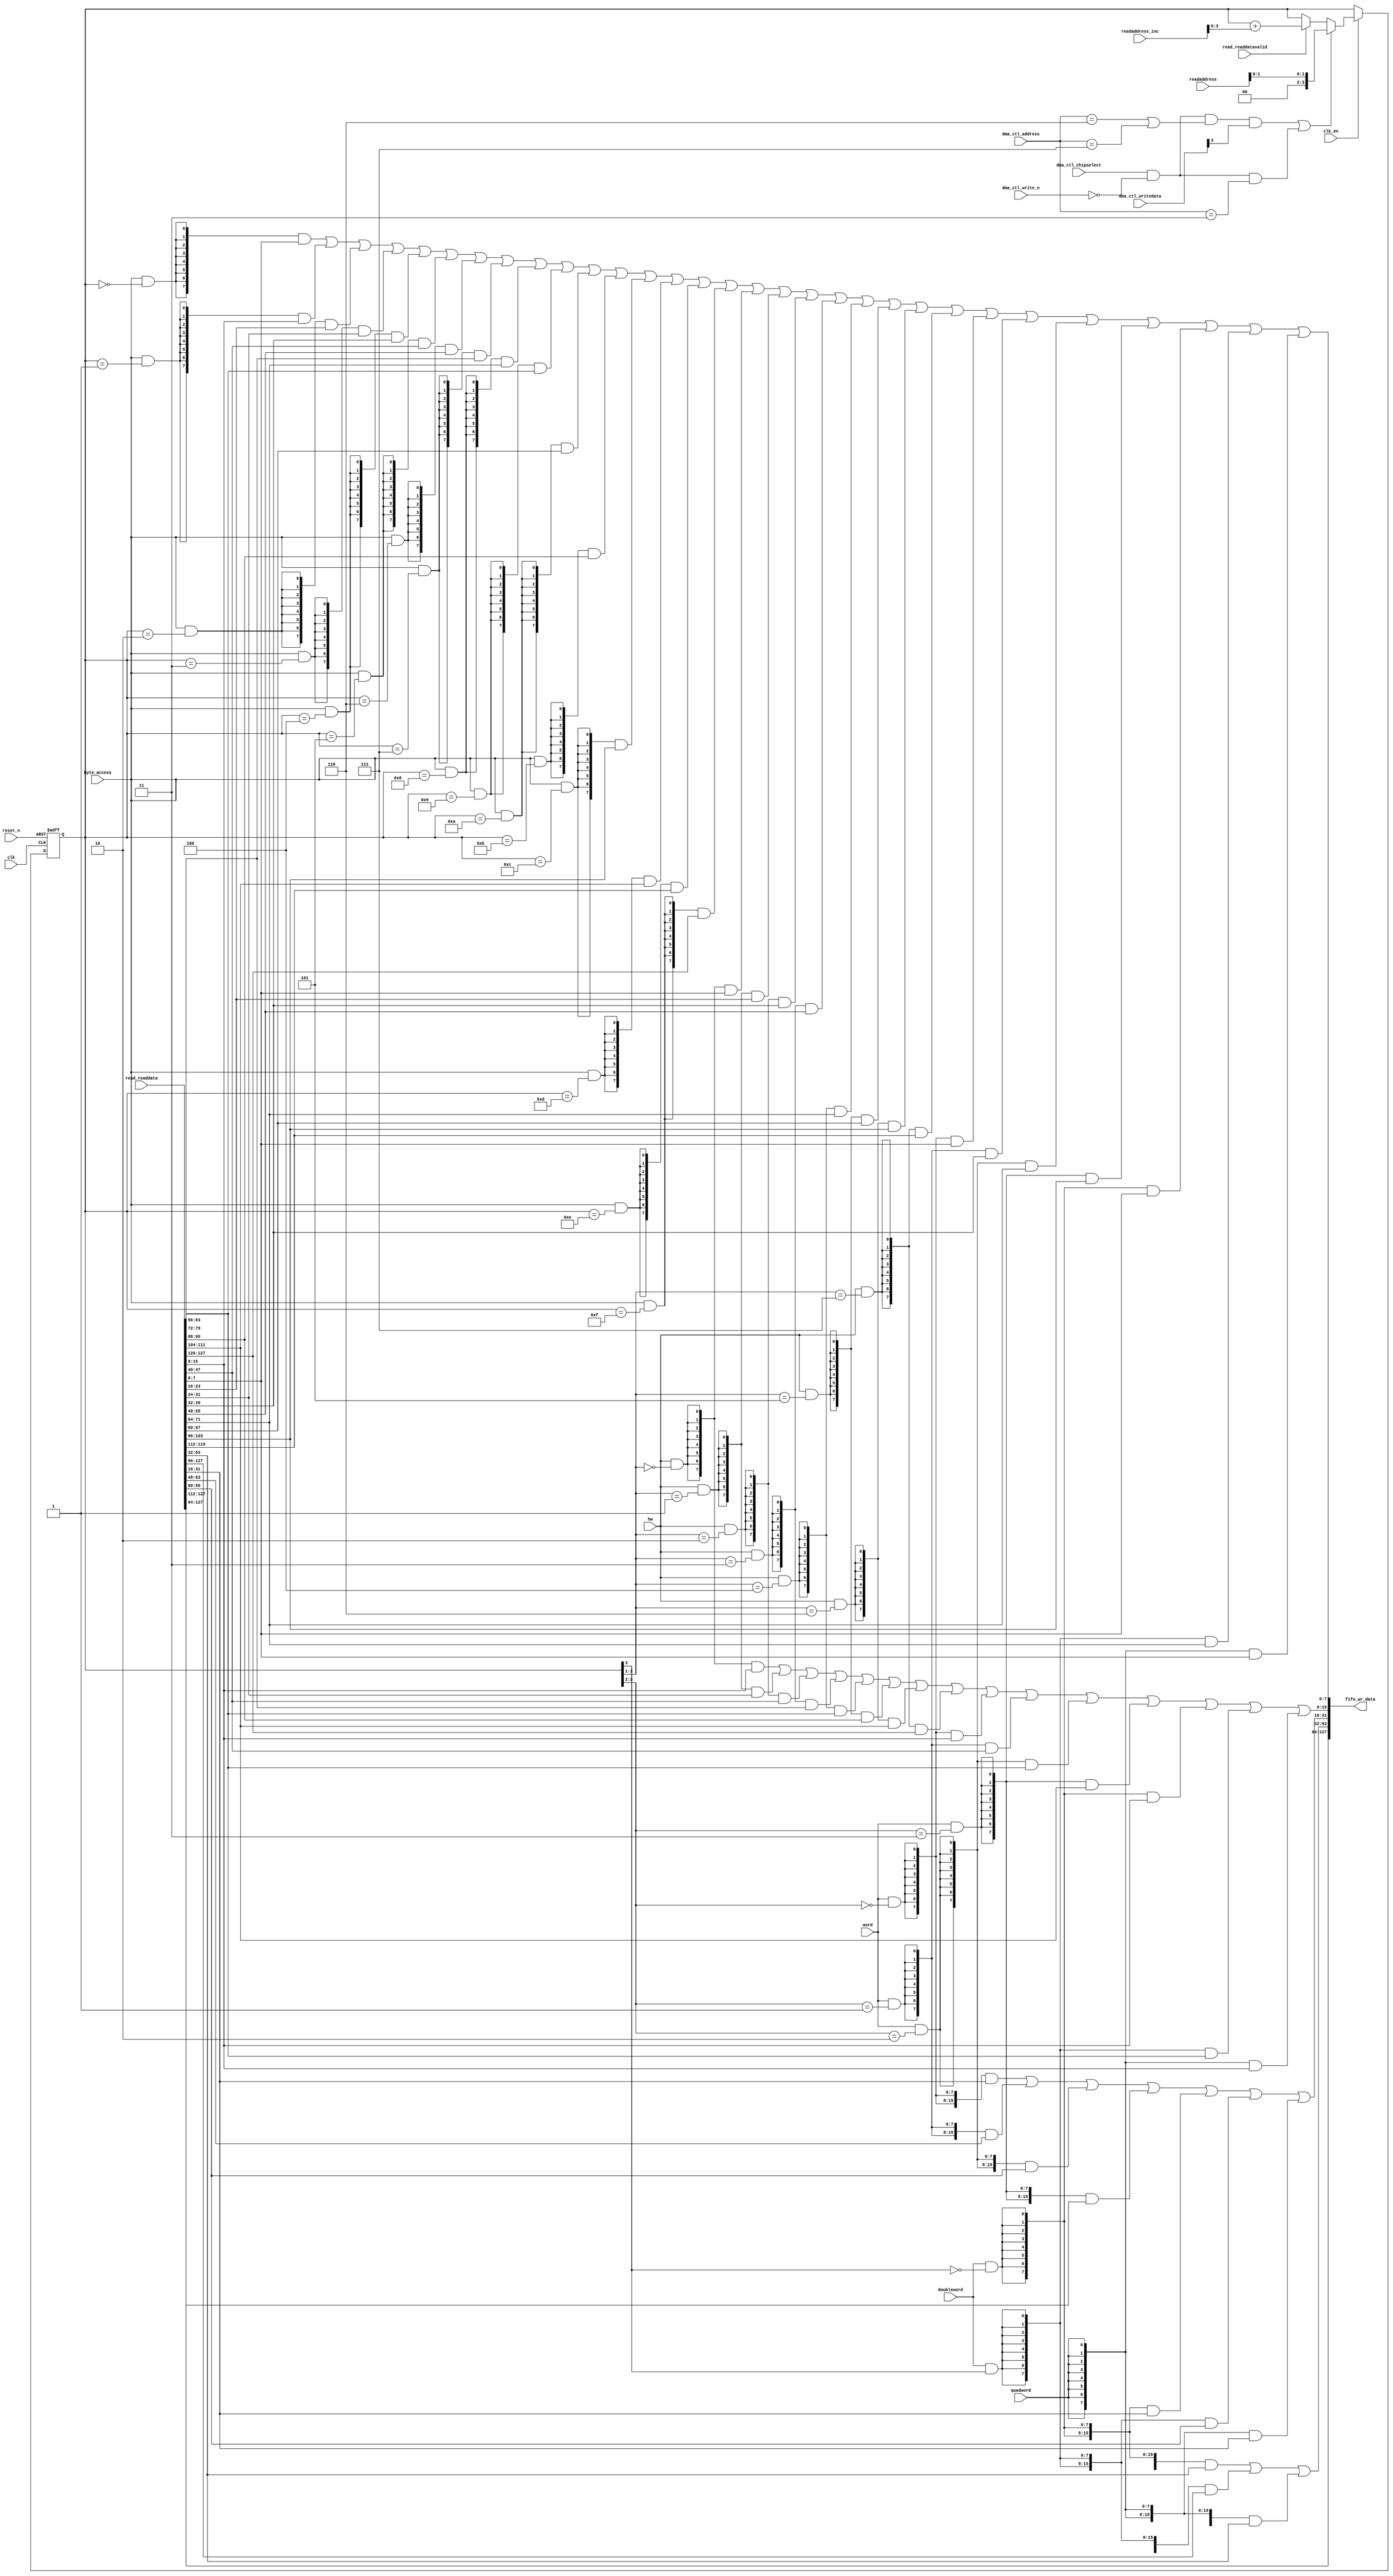
//Legal Notice: (C)2016 Altera Corporation. All rights reserved.  Your
//use of Altera Corporation's design tools, logic functions and other
//software and tools, and its AMPP partner logic functions, and any
//output files any of the foregoing (including device programming or
//simulation files), and any associated documentation or information are
//expressly subject to the terms and conditions of the Altera Program
//License Subscription Agreement or other applicable license agreement,
//including, without limitation, that your use is for the sole purpose
//of programming logic devices manufactured by Altera and sold by Altera
//or its authorized distributors.  Please refer to the applicable
//agreement for further details.

// synthesis translate_off
`timescale 1ns / 1ps
// synthesis translate_on

// turn off superfluous verilog processor warnings 
// altera message_level Level1 
// altera message_off 10034 10035 10036 10037 10230 10240 10030 

module dma_mem_dma_0_read_data_mux (
                                     // inputs:
                                      byte_access,
                                      clk,
                                      clk_en,
                                      dma_ctl_address,
                                      dma_ctl_chipselect,
                                      dma_ctl_write_n,
                                      dma_ctl_writedata,
                                      doubleword,
                                      hw,
                                      quadword,
                                      read_readdata,
                                      read_readdatavalid,
                                      readaddress,
                                      readaddress_inc,
                                      reset_n,
                                      word,

                                     // outputs:
                                      fifo_wr_data
                                   )
;

  output  [127: 0] fifo_wr_data;
  input            byte_access;
  input            clk;
  input            clk_en;
  input   [  2: 0] dma_ctl_address;
  input            dma_ctl_chipselect;
  input            dma_ctl_write_n;
  input   [ 30: 0] dma_ctl_writedata;
  input            doubleword;
  input            hw;
  input            quadword;
  input   [127: 0] read_readdata;
  input            read_readdatavalid;
  input   [  9: 0] readaddress;
  input   [  4: 0] readaddress_inc;
  input            reset_n;
  input            word;

  wire             control_write;
  wire    [127: 0] fifo_wr_data;
  wire             length_write;
  wire    [  3: 0] read_data_mux_input;
  reg     [  3: 0] readdata_mux_select;
  assign control_write = dma_ctl_chipselect & ~dma_ctl_write_n & ((dma_ctl_address == 6) || (dma_ctl_address == 7));
  assign length_write = dma_ctl_chipselect & ~dma_ctl_write_n & (dma_ctl_address == 3);
  assign read_data_mux_input = ((control_write && dma_ctl_writedata[3] || length_write))? readaddress[1 : 0] :
    (read_readdatavalid)? (readdata_mux_select + readaddress_inc) :
    readdata_mux_select;

  // Reset value: the transaction size bits of the read address reset value.
  always @(posedge clk or negedge reset_n)
    begin
      if (reset_n == 0)
          readdata_mux_select <= 0;
      else if (clk_en)
          readdata_mux_select <= read_data_mux_input[3 : 0];
    end


  assign fifo_wr_data[127 : 64] = read_readdata[127 : 64];
  assign fifo_wr_data[63 : 32] = ({32 {(doubleword & (readdata_mux_select[3] == 0))}} & read_readdata[63 : 32]) |
    ({32 {(doubleword & (readdata_mux_select[3] == 1))}} & read_readdata[127 : 96]) |
    ({32 {quadword}} & read_readdata[63 : 32]);

  assign fifo_wr_data[31 : 16] = ({16 {(word & (readdata_mux_select[3 : 2] == 0))}} & read_readdata[31 : 16]) |
    ({16 {(word & (readdata_mux_select[3 : 2] == 1))}} & read_readdata[63 : 48]) |
    ({16 {(word & (readdata_mux_select[3 : 2] == 2))}} & read_readdata[95 : 80]) |
    ({16 {(word & (readdata_mux_select[3 : 2] == 3))}} & read_readdata[127 : 112]) |
    ({16 {(doubleword & (readdata_mux_select[3] == 0))}} & read_readdata[31 : 16]) |
    ({16 {(doubleword & (readdata_mux_select[3] == 1))}} & read_readdata[95 : 80]) |
    ({16 {quadword}} & read_readdata[31 : 16]);

  assign fifo_wr_data[15 : 8] = ({8 {(hw & (readdata_mux_select[3 : 1] == 0))}} & read_readdata[15 : 8]) |
    ({8 {(hw & (readdata_mux_select[3 : 1] == 1))}} & read_readdata[31 : 24]) |
    ({8 {(hw & (readdata_mux_select[3 : 1] == 2))}} & read_readdata[47 : 40]) |
    ({8 {(hw & (readdata_mux_select[3 : 1] == 3))}} & read_readdata[63 : 56]) |
    ({8 {(hw & (readdata_mux_select[3 : 1] == 4))}} & read_readdata[79 : 72]) |
    ({8 {(hw & (readdata_mux_select[3 : 1] == 5))}} & read_readdata[95 : 88]) |
    ({8 {(hw & (readdata_mux_select[3 : 1] == 6))}} & read_readdata[111 : 104]) |
    ({8 {(hw & (readdata_mux_select[3 : 1] == 7))}} & read_readdata[127 : 120]) |
    ({8 {(word & (readdata_mux_select[3 : 2] == 0))}} & read_readdata[15 : 8]) |
    ({8 {(word & (readdata_mux_select[3 : 2] == 1))}} & read_readdata[47 : 40]) |
    ({8 {(word & (readdata_mux_select[3 : 2] == 2))}} & read_readdata[79 : 72]) |
    ({8 {(word & (readdata_mux_select[3 : 2] == 3))}} & read_readdata[111 : 104]) |
    ({8 {(doubleword & (readdata_mux_select[3] == 0))}} & read_readdata[15 : 8]) |
    ({8 {(doubleword & (readdata_mux_select[3] == 1))}} & read_readdata[79 : 72]) |
    ({8 {quadword}} & read_readdata[15 : 8]);

  assign fifo_wr_data[7 : 0] = ({8 {(byte_access & (readdata_mux_select[3 : 0] == 0))}} & read_readdata[7 : 0]) |
    ({8 {(byte_access & (readdata_mux_select[3 : 0] == 1))}} & read_readdata[15 : 8]) |
    ({8 {(byte_access & (readdata_mux_select[3 : 0] == 2))}} & read_readdata[23 : 16]) |
    ({8 {(byte_access & (readdata_mux_select[3 : 0] == 3))}} & read_readdata[31 : 24]) |
    ({8 {(byte_access & (readdata_mux_select[3 : 0] == 4))}} & read_readdata[39 : 32]) |
    ({8 {(byte_access & (readdata_mux_select[3 : 0] == 5))}} & read_readdata[47 : 40]) |
    ({8 {(byte_access & (readdata_mux_select[3 : 0] == 6))}} & read_readdata[55 : 48]) |
    ({8 {(byte_access & (readdata_mux_select[3 : 0] == 7))}} & read_readdata[63 : 56]) |
    ({8 {(byte_access & (readdata_mux_select[3 : 0] == 8))}} & read_readdata[71 : 64]) |
    ({8 {(byte_access & (readdata_mux_select[3 : 0] == 9))}} & read_readdata[79 : 72]) |
    ({8 {(byte_access & (readdata_mux_select[3 : 0] == 10))}} & read_readdata[87 : 80]) |
    ({8 {(byte_access & (readdata_mux_select[3 : 0] == 11))}} & read_readdata[95 : 88]) |
    ({8 {(byte_access & (readdata_mux_select[3 : 0] == 12))}} & read_readdata[103 : 96]) |
    ({8 {(byte_access & (readdata_mux_select[3 : 0] == 13))}} & read_readdata[111 : 104]) |
    ({8 {(byte_access & (readdata_mux_select[3 : 0] == 14))}} & read_readdata[119 : 112]) |
    ({8 {(byte_access & (readdata_mux_select[3 : 0] == 15))}} & read_readdata[127 : 120]) |
    ({8 {(hw & (readdata_mux_select[3 : 1] == 0))}} & read_readdata[7 : 0]) |
    ({8 {(hw & (readdata_mux_select[3 : 1] == 1))}} & read_readdata[23 : 16]) |
    ({8 {(hw & (readdata_mux_select[3 : 1] == 2))}} & read_readdata[39 : 32]) |
    ({8 {(hw & (readdata_mux_select[3 : 1] == 3))}} & read_readdata[55 : 48]) |
    ({8 {(hw & (readdata_mux_select[3 : 1] == 4))}} & read_readdata[71 : 64]) |
    ({8 {(hw & (readdata_mux_select[3 : 1] == 5))}} & read_readdata[87 : 80]) |
    ({8 {(hw & (readdata_mux_select[3 : 1] == 6))}} & read_readdata[103 : 96]) |
    ({8 {(hw & (readdata_mux_select[3 : 1] == 7))}} & read_readdata[119 : 112]) |
    ({8 {(word & (readdata_mux_select[3 : 2] == 0))}} & read_readdata[7 : 0]) |
    ({8 {(word & (readdata_mux_select[3 : 2] == 1))}} & read_readdata[39 : 32]) |
    ({8 {(word & (readdata_mux_select[3 : 2] == 2))}} & read_readdata[71 : 64]) |
    ({8 {(word & (readdata_mux_select[3 : 2] == 3))}} & read_readdata[103 : 96]) |
    ({8 {(doubleword & (readdata_mux_select[3] == 0))}} & read_readdata[7 : 0]) |
    ({8 {(doubleword & (readdata_mux_select[3] == 1))}} & read_readdata[71 : 64]) |
    ({8 {quadword}} & read_readdata[7 : 0]);


endmodule


// synthesis translate_off
`timescale 1ns / 1ps
// synthesis translate_on

// turn off superfluous verilog processor warnings 
// altera message_level Level1 
// altera message_off 10034 10035 10036 10037 10230 10240 10030 

module dma_mem_dma_0_byteenables (
                                   // inputs:
                                    byte_access,
                                    doubleword,
                                    hw,
                                    quadword,
                                    word,
                                    write_address,

                                   // outputs:
                                    write_byteenable
                                 )
;

  output  [ 15: 0] write_byteenable;
  input            byte_access;
  input            doubleword;
  input            hw;
  input            quadword;
  input            word;
  input   [ 29: 0] write_address;

  wire             wa_3_is_0;
  wire             wa_3_is_1;
  wire             wa_3_to_0_is_0;
  wire             wa_3_to_0_is_1;
  wire             wa_3_to_0_is_10;
  wire             wa_3_to_0_is_11;
  wire             wa_3_to_0_is_12;
  wire             wa_3_to_0_is_13;
  wire             wa_3_to_0_is_14;
  wire             wa_3_to_0_is_15;
  wire             wa_3_to_0_is_2;
  wire             wa_3_to_0_is_3;
  wire             wa_3_to_0_is_4;
  wire             wa_3_to_0_is_5;
  wire             wa_3_to_0_is_6;
  wire             wa_3_to_0_is_7;
  wire             wa_3_to_0_is_8;
  wire             wa_3_to_0_is_9;
  wire             wa_3_to_1_is_0;
  wire             wa_3_to_1_is_1;
  wire             wa_3_to_1_is_2;
  wire             wa_3_to_1_is_3;
  wire             wa_3_to_1_is_4;
  wire             wa_3_to_1_is_5;
  wire             wa_3_to_1_is_6;
  wire             wa_3_to_1_is_7;
  wire             wa_3_to_2_is_0;
  wire             wa_3_to_2_is_1;
  wire             wa_3_to_2_is_2;
  wire             wa_3_to_2_is_3;
  wire    [ 15: 0] write_byteenable;
  assign wa_3_to_0_is_15 = write_address[3 : 0] == 4'hF;
  assign wa_3_to_0_is_14 = write_address[3 : 0] == 4'hE;
  assign wa_3_to_0_is_13 = write_address[3 : 0] == 4'hD;
  assign wa_3_to_0_is_12 = write_address[3 : 0] == 4'hC;
  assign wa_3_to_0_is_11 = write_address[3 : 0] == 4'hB;
  assign wa_3_to_0_is_10 = write_address[3 : 0] == 4'hA;
  assign wa_3_to_0_is_9 = write_address[3 : 0] == 4'h9;
  assign wa_3_to_0_is_8 = write_address[3 : 0] == 4'h8;
  assign wa_3_to_0_is_7 = write_address[3 : 0] == 4'h7;
  assign wa_3_to_0_is_6 = write_address[3 : 0] == 4'h6;
  assign wa_3_to_0_is_5 = write_address[3 : 0] == 4'h5;
  assign wa_3_to_0_is_4 = write_address[3 : 0] == 4'h4;
  assign wa_3_to_0_is_3 = write_address[3 : 0] == 4'h3;
  assign wa_3_to_0_is_2 = write_address[3 : 0] == 4'h2;
  assign wa_3_to_0_is_1 = write_address[3 : 0] == 4'h1;
  assign wa_3_to_0_is_0 = write_address[3 : 0] == 4'h0;
  assign wa_3_to_1_is_7 = write_address[3 : 1] == 3'h7;
  assign wa_3_to_1_is_6 = write_address[3 : 1] == 3'h6;
  assign wa_3_to_1_is_5 = write_address[3 : 1] == 3'h5;
  assign wa_3_to_1_is_4 = write_address[3 : 1] == 3'h4;
  assign wa_3_to_1_is_3 = write_address[3 : 1] == 3'h3;
  assign wa_3_to_1_is_2 = write_address[3 : 1] == 3'h2;
  assign wa_3_to_1_is_1 = write_address[3 : 1] == 3'h1;
  assign wa_3_to_1_is_0 = write_address[3 : 1] == 3'h0;
  assign wa_3_to_2_is_3 = write_address[3 : 2] == 2'h3;
  assign wa_3_to_2_is_2 = write_address[3 : 2] == 2'h2;
  assign wa_3_to_2_is_1 = write_address[3 : 2] == 2'h1;
  assign wa_3_to_2_is_0 = write_address[3 : 2] == 2'h0;
  assign wa_3_is_1 = write_address[3] == 1'h1;
  assign wa_3_is_0 = write_address[3] == 1'h0;
  assign write_byteenable = ({16 {byte_access}} & {wa_3_to_0_is_15, wa_3_to_0_is_14, wa_3_to_0_is_13, wa_3_to_0_is_12, wa_3_to_0_is_11, wa_3_to_0_is_10, wa_3_to_0_is_9, wa_3_to_0_is_8, wa_3_to_0_is_7, wa_3_to_0_is_6, wa_3_to_0_is_5, wa_3_to_0_is_4, wa_3_to_0_is_3, wa_3_to_0_is_2, wa_3_to_0_is_1, wa_3_to_0_is_0}) |
    ({16 {hw}} & {wa_3_to_1_is_7, wa_3_to_1_is_7, wa_3_to_1_is_6, wa_3_to_1_is_6, wa_3_to_1_is_5, wa_3_to_1_is_5, wa_3_to_1_is_4, wa_3_to_1_is_4, wa_3_to_1_is_3, wa_3_to_1_is_3, wa_3_to_1_is_2, wa_3_to_1_is_2, wa_3_to_1_is_1, wa_3_to_1_is_1, wa_3_to_1_is_0, wa_3_to_1_is_0}) |
    ({16 {word}} & {wa_3_to_2_is_3, wa_3_to_2_is_3, wa_3_to_2_is_3, wa_3_to_2_is_3, wa_3_to_2_is_2, wa_3_to_2_is_2, wa_3_to_2_is_2, wa_3_to_2_is_2, wa_3_to_2_is_1, wa_3_to_2_is_1, wa_3_to_2_is_1, wa_3_to_2_is_1, wa_3_to_2_is_0, wa_3_to_2_is_0, wa_3_to_2_is_0, wa_3_to_2_is_0}) |
    ({16 {doubleword}} & {wa_3_is_1, wa_3_is_1, wa_3_is_1, wa_3_is_1, wa_3_is_1, wa_3_is_1, wa_3_is_1, wa_3_is_1, wa_3_is_0, wa_3_is_0, wa_3_is_0, wa_3_is_0, wa_3_is_0, wa_3_is_0, wa_3_is_0, wa_3_is_0}) |
    ({16 {quadword}} & 16'b1111111111111111);


endmodule


// synthesis translate_off
`timescale 1ns / 1ps
// synthesis translate_on

// turn off superfluous verilog processor warnings 
// altera message_level Level1 
// altera message_off 10034 10035 10036 10037 10230 10240 10030 

module dma_mem_dma_0_fifo_module_fifo_ram_module (
                                                   // inputs:
                                                    clk,
                                                    data,
                                                    rdaddress,
                                                    rdclken,
                                                    reset_n,
                                                    wraddress,
                                                    wrclock,
                                                    wren,

                                                   // outputs:
                                                    q
                                                 )
;

  output  [127: 0] q;
  input            clk;
  input   [127: 0] data;
  input   [  4: 0] rdaddress;
  input            rdclken;
  input            reset_n;
  input   [  4: 0] wraddress;
  input            wrclock;
  input            wren;

  reg     [127: 0] mem_array [ 31: 0];
  wire    [127: 0] q;
  reg     [  4: 0] read_address;

//synthesis translate_off
//////////////// SIMULATION-ONLY CONTENTS
  always @(posedge clk or negedge reset_n)
    begin
      if (reset_n == 0)
          read_address <= 0;
      else if (rdclken)
          read_address <= rdaddress;
    end


  // Data read is synchronized through latent_rdaddress.
  assign q = mem_array[read_address];

  always @(posedge wrclock)
    begin
      // Write data
      if (wren)
          mem_array[wraddress] <= data;
    end



//////////////// END SIMULATION-ONLY CONTENTS

//synthesis translate_on
//synthesis read_comments_as_HDL on
//  always @(rdaddress)
//    begin
//      read_address = rdaddress;
//    end
//
//
//  lpm_ram_dp lpm_ram_dp_component
//    (
//      .data (data),
//      .q (q),
//      .rdaddress (read_address),
//      .rdclken (rdclken),
//      .rdclock (clk),
//      .wraddress (wraddress),
//      .wrclock (wrclock),
//      .wren (wren)
//    );
//
//  defparam lpm_ram_dp_component.lpm_file = "UNUSED",
//           lpm_ram_dp_component.lpm_hint = "USE_EAB=ON",
//           lpm_ram_dp_component.lpm_indata = "REGISTERED",
//           lpm_ram_dp_component.lpm_outdata = "UNREGISTERED",
//           lpm_ram_dp_component.lpm_rdaddress_control = "REGISTERED",
//           lpm_ram_dp_component.lpm_width = 128,
//           lpm_ram_dp_component.lpm_widthad = 5,
//           lpm_ram_dp_component.lpm_wraddress_control = "REGISTERED",
//           lpm_ram_dp_component.suppress_memory_conversion_warnings = "ON";
//
//synthesis read_comments_as_HDL off

endmodule


// synthesis translate_off
`timescale 1ns / 1ps
// synthesis translate_on

// turn off superfluous verilog processor warnings 
// altera message_level Level1 
// altera message_off 10034 10035 10036 10037 10230 10240 10030 

module dma_mem_dma_0_fifo_module (
                                   // inputs:
                                    clk,
                                    clk_en,
                                    fifo_read,
                                    fifo_wr_data,
                                    fifo_write,
                                    flush_fifo,
                                    inc_pending_data,
                                    reset_n,

                                   // outputs:
                                    fifo_datavalid,
                                    fifo_empty,
                                    fifo_rd_data,
                                    p1_fifo_full
                                 )
;

  output           fifo_datavalid;
  output           fifo_empty;
  output  [127: 0] fifo_rd_data;
  output           p1_fifo_full;
  input            clk;
  input            clk_en;
  input            fifo_read;
  input   [127: 0] fifo_wr_data;
  input            fifo_write;
  input            flush_fifo;
  input            inc_pending_data;
  input            reset_n;

  wire    [  4: 0] estimated_rdaddress;
  reg     [  4: 0] estimated_wraddress;
  wire             fifo_datavalid;
  wire             fifo_dec;
  reg              fifo_empty;
  reg              fifo_full;
  wire             fifo_inc;
  wire    [127: 0] fifo_ram_q;
  wire    [127: 0] fifo_rd_data;
  reg              last_write_collision;
  reg     [127: 0] last_write_data;
  wire    [  4: 0] p1_estimated_wraddress;
  wire             p1_fifo_empty;
  wire             p1_fifo_full;
  wire    [  4: 0] p1_wraddress;
  wire    [  4: 0] rdaddress;
  reg     [  4: 0] rdaddress_reg;
  reg     [  4: 0] wraddress;
  wire             write_collision;
  assign p1_wraddress = (fifo_write)? wraddress - 1 :
    wraddress;

  always @(posedge clk or negedge reset_n)
    begin
      if (reset_n == 0)
          wraddress <= 0;
      else if (clk_en)
          if (flush_fifo)
              wraddress <= 0;
          else 
            wraddress <= p1_wraddress;
    end


  assign rdaddress = flush_fifo ? 0 : fifo_read ? (rdaddress_reg - 1) : rdaddress_reg;
  always @(posedge clk or negedge reset_n)
    begin
      if (reset_n == 0)
          rdaddress_reg <= 0;
      else 
        rdaddress_reg <= rdaddress;
    end


  assign fifo_datavalid = ~fifo_empty;
  assign fifo_inc = fifo_write & ~fifo_read;
  assign fifo_dec = fifo_read & ~fifo_write;
  assign estimated_rdaddress = rdaddress_reg - 1;
  assign p1_estimated_wraddress = (inc_pending_data)? estimated_wraddress - 1 :
    estimated_wraddress;

  always @(posedge clk or negedge reset_n)
    begin
      if (reset_n == 0)
          estimated_wraddress <= {5 {1'b1}};
      else if (clk_en)
          if (flush_fifo)
              estimated_wraddress <= {5 {1'b1}};
          else 
            estimated_wraddress <= p1_estimated_wraddress;
    end


  assign p1_fifo_empty = flush_fifo  | ((~fifo_inc & fifo_empty) | (fifo_dec & (wraddress == estimated_rdaddress)));
  always @(posedge clk or negedge reset_n)
    begin
      if (reset_n == 0)
          fifo_empty <= 1;
      else if (clk_en)
          fifo_empty <= p1_fifo_empty;
    end


  assign p1_fifo_full = ~flush_fifo & ((~fifo_dec & fifo_full)  | (inc_pending_data & (estimated_wraddress == rdaddress)));
  always @(posedge clk or negedge reset_n)
    begin
      if (reset_n == 0)
          fifo_full <= 0;
      else if (clk_en)
          fifo_full <= p1_fifo_full;
    end


  assign write_collision = fifo_write && (wraddress == rdaddress);
  always @(posedge clk or negedge reset_n)
    begin
      if (reset_n == 0)
          last_write_data <= 0;
      else if (write_collision)
          last_write_data <= fifo_wr_data;
    end


  always @(posedge clk or negedge reset_n)
    begin
      if (reset_n == 0)
          last_write_collision <= 0;
      else if (write_collision)
          last_write_collision <= -1;
      else if (fifo_read)
          last_write_collision <= 0;
    end


  assign fifo_rd_data = last_write_collision ? last_write_data : fifo_ram_q;
  //dma_mem_dma_0_fifo_module_fifo_ram, which is an e_ram
  dma_mem_dma_0_fifo_module_fifo_ram_module dma_mem_dma_0_fifo_module_fifo_ram
    (
      .clk       (clk),
      .data      (fifo_wr_data),
      .q         (fifo_ram_q),
      .rdaddress (rdaddress),
      .rdclken   (1'b1),
      .reset_n   (reset_n),
      .wraddress (wraddress),
      .wrclock   (clk),
      .wren      (fifo_write)
    );


endmodule


// synthesis translate_off
`timescale 1ns / 1ps
// synthesis translate_on

// turn off superfluous verilog processor warnings 
// altera message_level Level1 
// altera message_off 10034 10035 10036 10037 10230 10240 10030 

module dma_mem_dma_0_mem_read (
                                // inputs:
                                 clk,
                                 clk_en,
                                 go,
                                 p1_done_read,
                                 p1_fifo_full,
                                 read_waitrequest,
                                 reset_n,

                                // outputs:
                                 inc_read,
                                 mem_read_n
                              )
;

  output           inc_read;
  output           mem_read_n;
  input            clk;
  input            clk_en;
  input            go;
  input            p1_done_read;
  input            p1_fifo_full;
  input            read_waitrequest;
  input            reset_n;

  reg              dma_mem_dma_0_mem_read_access;
  reg              dma_mem_dma_0_mem_read_idle;
  wire             inc_read;
  wire             mem_read_n;
  wire             p1_read_select;
  reg              read_select;
  assign mem_read_n = ~read_select;
  always @(posedge clk or negedge reset_n)
    begin
      if (reset_n == 0)
          read_select <= 0;
      else if (clk_en)
          read_select <= p1_read_select;
    end


  assign inc_read = read_select & ~read_waitrequest;
  // Transitions into state 'idle'.
  always @(posedge clk or negedge reset_n)
    begin
      if (reset_n == 0)
          dma_mem_dma_0_mem_read_idle <= 1;
      else if (clk_en)
          dma_mem_dma_0_mem_read_idle <= ((dma_mem_dma_0_mem_read_idle == 1) & (go == 0)) |
                    ((dma_mem_dma_0_mem_read_idle == 1) & (p1_done_read == 1)) |
                    ((dma_mem_dma_0_mem_read_idle == 1) & (p1_fifo_full == 1)) |
                    ((dma_mem_dma_0_mem_read_access == 1) & (p1_fifo_full == 1) & (read_waitrequest == 0)) |
                    ((dma_mem_dma_0_mem_read_access == 1) & (p1_done_read == 1) & (read_waitrequest == 0));

    end


  // Transitions into state 'access'.
  always @(posedge clk or negedge reset_n)
    begin
      if (reset_n == 0)
          dma_mem_dma_0_mem_read_access <= 0;
      else if (clk_en)
          dma_mem_dma_0_mem_read_access <= ((dma_mem_dma_0_mem_read_idle == 1) & (p1_fifo_full == 0) & (p1_done_read == 0) & (go == 1)) |
                    ((dma_mem_dma_0_mem_read_access == 1) & (read_waitrequest == 1)) |
                    ((dma_mem_dma_0_mem_read_access == 1) & (p1_fifo_full == 0) & (p1_done_read == 0) & (read_waitrequest == 0));

    end


  assign p1_read_select = ({1 {((dma_mem_dma_0_mem_read_access && (read_waitrequest == 1)))}} & 1) |
    ({1 {((dma_mem_dma_0_mem_read_access && (p1_done_read == 0) && (p1_fifo_full == 0) && (read_waitrequest == 0)))}} & 1) |
    ({1 {((dma_mem_dma_0_mem_read_idle && (go == 1) && (p1_done_read == 0) && (p1_fifo_full == 0)))}} & 1);


endmodule


// synthesis translate_off
`timescale 1ns / 1ps
// synthesis translate_on

// turn off superfluous verilog processor warnings 
// altera message_level Level1 
// altera message_off 10034 10035 10036 10037 10230 10240 10030 

module dma_mem_dma_0_mem_write (
                                 // inputs:
                                  d1_enabled_write_endofpacket,
                                  fifo_datavalid,
                                  write_waitrequest,

                                 // outputs:
                                  fifo_read,
                                  inc_write,
                                  mem_write_n,
                                  write_select
                               )
;

  output           fifo_read;
  output           inc_write;
  output           mem_write_n;
  output           write_select;
  input            d1_enabled_write_endofpacket;
  input            fifo_datavalid;
  input            write_waitrequest;

  wire             fifo_read;
  wire             inc_write;
  wire             mem_write_n;
  wire             write_select;
  assign write_select = fifo_datavalid & ~d1_enabled_write_endofpacket;
  assign mem_write_n = ~write_select;
  assign fifo_read = write_select & ~write_waitrequest;
  assign inc_write = fifo_read;

endmodule


// synthesis translate_off
`timescale 1ns / 1ps
// synthesis translate_on

// turn off superfluous verilog processor warnings 
// altera message_level Level1 
// altera message_off 10034 10035 10036 10037 10230 10240 10030 

//DMA peripheral dma_mem_dma_0
//Read slaves:
//slave_template_0.s0; 
//Write slaves:
//sdram.avl; 


module dma_mem_dma_0 (
                       // inputs:
                        clk,
                        dma_ctl_address,
                        dma_ctl_chipselect,
                        dma_ctl_write_n,
                        dma_ctl_writedata,
                        read_readdata,
                        read_readdatavalid,
                        read_waitrequest,
                        system_reset_n,
                        write_waitrequest,

                       // outputs:
                        dma_ctl_irq,
                        dma_ctl_readdata,
                        read_address,
                        read_chipselect,
                        read_read_n,
                        write_address,
                        write_byteenable,
                        write_chipselect,
                        write_write_n,
                        write_writedata
                     )
  /* synthesis ALTERA_ATTRIBUTE = "SUPPRESS_DA_RULE_INTERNAL=\"R101\"" */ ;

  output           dma_ctl_irq;
  output  [ 30: 0] dma_ctl_readdata;
  output  [  9: 0] read_address;
  output           read_chipselect;
  output           read_read_n;
  output  [ 29: 0] write_address;
  output  [ 15: 0] write_byteenable;
  output           write_chipselect;
  output           write_write_n;
  output  [127: 0] write_writedata;
  input            clk;
  input   [  2: 0] dma_ctl_address;
  input            dma_ctl_chipselect;
  input            dma_ctl_write_n;
  input   [ 30: 0] dma_ctl_writedata;
  input   [127: 0] read_readdata;
  input            read_readdatavalid;
  input            read_waitrequest;
  input            system_reset_n;
  input            write_waitrequest;

  wire             busy;
  wire             byte_access;
  wire             clk_en;
  reg     [ 12: 0] control;
  reg              d1_done_transaction;
  reg              d1_enabled_write_endofpacket;
  reg              d1_read_got_endofpacket;
  reg              d1_softwarereset;
  wire             dma_ctl_irq;
  reg     [ 30: 0] dma_ctl_readdata;
  reg              done;
  wire             done_transaction;
  reg              done_write;
  wire             doubleword;
  wire             enabled_write_endofpacket;
  wire             fifo_datavalid;
  wire             fifo_empty;
  wire    [127: 0] fifo_rd_data;
  wire    [127: 0] fifo_rd_data_as_byte_access;
  wire    [127: 0] fifo_rd_data_as_doubleword;
  wire    [127: 0] fifo_rd_data_as_hw;
  wire    [127: 0] fifo_rd_data_as_quadword;
  wire    [127: 0] fifo_rd_data_as_word;
  wire             fifo_read;
  wire    [127: 0] fifo_wr_data;
  wire             fifo_write;
  wire             fifo_write_data_valid;
  wire             flush_fifo;
  wire             go;
  wire             hw;
  wire             i_en;
  wire             inc_read;
  wire             inc_write;
  wire             leen;
  reg              len;
  reg     [ 30: 0] length;
  reg              length_eq_0;
  wire             mem_read_n;
  wire             mem_write_n;
  wire    [ 12: 0] p1_control;
  wire    [ 30: 0] p1_dma_ctl_readdata;
  wire             p1_done_read;
  wire             p1_done_write;
  wire             p1_fifo_full;
  wire    [ 30: 0] p1_length;
  wire             p1_length_eq_0;
  wire             p1_read_got_endofpacket;
  wire    [  9: 0] p1_readaddress;
  wire             p1_write_got_endofpacket;
  wire    [ 29: 0] p1_writeaddress;
  wire    [ 30: 0] p1_writelength;
  wire             p1_writelength_eq_0;
  wire             quadword;
  wire             rcon;
  wire    [  9: 0] read_address;
  wire             read_chipselect;
  wire             read_endofpacket;
  reg              read_got_endofpacket;
  wire             read_read_n;
  reg     [  9: 0] readaddress;
  wire    [  4: 0] readaddress_inc;
  wire             reen;
  reg              reop;
  reg              reset_n;
  wire             set_software_reset_bit;
  reg              software_reset_request;
  wire             softwarereset;
  wire    [  4: 0] status;
  wire             status_register_write;
  wire             wcon;
  wire             ween;
  reg              weop;
  wire             word;
  wire    [ 29: 0] write_address;
  wire    [ 15: 0] write_byteenable;
  wire             write_chipselect;
  wire             write_endofpacket;
  reg              write_got_endofpacket;
  wire             write_select;
  wire             write_write_n;
  wire    [127: 0] write_writedata;
  reg     [ 29: 0] writeaddress;
  wire    [  4: 0] writeaddress_inc;
  reg     [ 30: 0] writelength;
  reg              writelength_eq_0;
  assign clk_en = 1;
  //control_port_slave, which is an e_avalon_slave
  //read_master, which is an e_avalon_master
  dma_mem_dma_0_read_data_mux the_dma_mem_dma_0_read_data_mux
    (
      .byte_access        (byte_access),
      .clk                (clk),
      .clk_en             (clk_en),
      .dma_ctl_address    (dma_ctl_address),
      .dma_ctl_chipselect (dma_ctl_chipselect),
      .dma_ctl_write_n    (dma_ctl_write_n),
      .dma_ctl_writedata  (dma_ctl_writedata),
      .doubleword         (doubleword),
      .fifo_wr_data       (fifo_wr_data),
      .hw                 (hw),
      .quadword           (quadword),
      .read_readdata      (read_readdata),
      .read_readdatavalid (read_readdatavalid),
      .readaddress        (readaddress),
      .readaddress_inc    (readaddress_inc),
      .reset_n            (reset_n),
      .word               (word)
    );

  //write_master, which is an e_avalon_master
  dma_mem_dma_0_byteenables the_dma_mem_dma_0_byteenables
    (
      .byte_access      (byte_access),
      .doubleword       (doubleword),
      .hw               (hw),
      .quadword         (quadword),
      .word             (word),
      .write_address    (write_address),
      .write_byteenable (write_byteenable)
    );

  assign read_read_n = mem_read_n;
  assign status_register_write = dma_ctl_chipselect & ~dma_ctl_write_n & (dma_ctl_address == 0);
  // read address
  always @(posedge clk or negedge reset_n)
    begin
      if (reset_n == 0)
          readaddress <= 10'h0;
      else if (clk_en)
          readaddress <= p1_readaddress;
    end


  assign p1_readaddress = ((dma_ctl_chipselect & ~dma_ctl_write_n & (dma_ctl_address == 1)))? dma_ctl_writedata :
    (inc_read)? (readaddress + readaddress_inc) :
    readaddress;

  // write address
  always @(posedge clk or negedge reset_n)
    begin
      if (reset_n == 0)
          writeaddress <= 30'h0;
      else if (clk_en)
          writeaddress <= p1_writeaddress;
    end


  assign p1_writeaddress = ((dma_ctl_chipselect & ~dma_ctl_write_n & (dma_ctl_address == 2)))? dma_ctl_writedata :
    (inc_write)? (writeaddress + writeaddress_inc) :
    writeaddress;

  // length in bytes
  always @(posedge clk or negedge reset_n)
    begin
      if (reset_n == 0)
          length <= 31'h0;
      else if (clk_en)
          length <= p1_length;
    end


  assign p1_length = ((dma_ctl_chipselect & ~dma_ctl_write_n & (dma_ctl_address == 3)))? dma_ctl_writedata :
    ((inc_read && (!length_eq_0)))? length - {quadword,
    doubleword,
    word,
    hw,
    byte_access} :
    length;

  // control register
  always @(posedge clk or negedge reset_n)
    begin
      if (reset_n == 0)
          control <= 13'h84;
      else if (clk_en)
          control <= p1_control;
    end


  assign p1_control = ((dma_ctl_chipselect & ~dma_ctl_write_n & ((dma_ctl_address == 6) || (dma_ctl_address == 7))))? dma_ctl_writedata :
    control;

  // write master length
  always @(posedge clk or negedge reset_n)
    begin
      if (reset_n == 0)
          writelength <= 31'h0;
      else if (clk_en)
          writelength <= p1_writelength;
    end


  assign p1_writelength = ((dma_ctl_chipselect & ~dma_ctl_write_n & (dma_ctl_address == 3)))? dma_ctl_writedata :
    ((inc_write && (!writelength_eq_0)))? writelength - {quadword,
    doubleword,
    word,
    hw,
    byte_access} :
    writelength;

  assign p1_writelength_eq_0 = inc_write && (!writelength_eq_0) && ((writelength  - {quadword,
    doubleword,
    word,
    hw,
    byte_access}) == 0);

  assign p1_length_eq_0 = inc_read && (!length_eq_0) && ((length  - {quadword,
    doubleword,
    word,
    hw,
    byte_access}) == 0);

  always @(posedge clk or negedge reset_n)
    begin
      if (reset_n == 0)
          length_eq_0 <= 1;
      else if (clk_en)
          if (dma_ctl_chipselect & ~dma_ctl_write_n & (dma_ctl_address == 3))
              length_eq_0 <= 0;
          else if (p1_length_eq_0)
              length_eq_0 <= -1;
    end


  always @(posedge clk or negedge reset_n)
    begin
      if (reset_n == 0)
          writelength_eq_0 <= 1;
      else if (clk_en)
          if (dma_ctl_chipselect & ~dma_ctl_write_n & (dma_ctl_address == 3))
              writelength_eq_0 <= 0;
          else if (p1_writelength_eq_0)
              writelength_eq_0 <= -1;
    end


  assign writeaddress_inc = (wcon)? 0 :
    {quadword,
    doubleword,
    word,
    hw,
    byte_access};

  assign readaddress_inc = (rcon)? 0 :
    {quadword,
    doubleword,
    word,
    hw,
    byte_access};

  assign p1_dma_ctl_readdata = ({31 {(dma_ctl_address == 0)}} & status) |
    ({31 {(dma_ctl_address == 1)}} & readaddress) |
    ({31 {(dma_ctl_address == 2)}} & writeaddress) |
    ({31 {(dma_ctl_address == 3)}} & writelength) |
    ({31 {(dma_ctl_address == 6)}} & control);

  always @(posedge clk or negedge reset_n)
    begin
      if (reset_n == 0)
          dma_ctl_readdata <= 0;
      else if (clk_en)
          dma_ctl_readdata <= p1_dma_ctl_readdata;
    end


  assign done_transaction = go & done_write;
  always @(posedge clk or negedge reset_n)
    begin
      if (reset_n == 0)
          done <= 0;
      else if (clk_en)
          if (status_register_write)
              done <= 0;
          else if (done_transaction & ~d1_done_transaction)
              done <= -1;
    end


  always @(posedge clk or negedge reset_n)
    begin
      if (reset_n == 0)
          d1_done_transaction <= 0;
      else if (clk_en)
          d1_done_transaction <= done_transaction;
    end


  assign busy = go & ~done_write;
  assign status[0] = done;
  assign status[1] = busy;
  assign status[2] = reop;
  assign status[3] = weop;
  assign status[4] = len;
  assign byte_access = control[0];
  assign hw = control[1];
  assign word = control[2];
  assign go = control[3];
  assign i_en = control[4];
  assign reen = control[5];
  assign ween = control[6];
  assign leen = control[7];
  assign rcon = control[8];
  assign wcon = control[9];
  assign doubleword = control[10];
  assign quadword = control[11];
  assign softwarereset = control[12];
  assign dma_ctl_irq = i_en & done;
  assign p1_read_got_endofpacket = ~status_register_write && (read_got_endofpacket || (read_endofpacket & reen));
  assign p1_write_got_endofpacket = ~status_register_write && (write_got_endofpacket || (inc_write & write_endofpacket & ween));
  always @(posedge clk or negedge reset_n)
    begin
      if (reset_n == 0)
          read_got_endofpacket <= 0;
      else if (clk_en)
          read_got_endofpacket <= p1_read_got_endofpacket;
    end


  always @(posedge clk or negedge reset_n)
    begin
      if (reset_n == 0)
          write_got_endofpacket <= 0;
      else if (clk_en)
          write_got_endofpacket <= p1_write_got_endofpacket;
    end


  assign flush_fifo = ~d1_done_transaction & done_transaction;
  dma_mem_dma_0_fifo_module the_dma_mem_dma_0_fifo_module
    (
      .clk              (clk),
      .clk_en           (clk_en),
      .fifo_datavalid   (fifo_datavalid),
      .fifo_empty       (fifo_empty),
      .fifo_rd_data     (fifo_rd_data),
      .fifo_read        (fifo_read),
      .fifo_wr_data     (fifo_wr_data),
      .fifo_write       (fifo_write),
      .flush_fifo       (flush_fifo),
      .inc_pending_data (inc_read),
      .p1_fifo_full     (p1_fifo_full),
      .reset_n          (reset_n)
    );

  //the_dma_mem_dma_0_mem_read, which is an e_instance
  dma_mem_dma_0_mem_read the_dma_mem_dma_0_mem_read
    (
      .clk              (clk),
      .clk_en           (clk_en),
      .go               (go),
      .inc_read         (inc_read),
      .mem_read_n       (mem_read_n),
      .p1_done_read     (p1_done_read),
      .p1_fifo_full     (p1_fifo_full),
      .read_waitrequest (read_waitrequest),
      .reset_n          (reset_n)
    );

  assign fifo_write = fifo_write_data_valid;
  assign enabled_write_endofpacket = write_endofpacket & ween;
  always @(posedge clk or negedge reset_n)
    begin
      if (reset_n == 0)
          d1_enabled_write_endofpacket <= 0;
      else if (clk_en)
          d1_enabled_write_endofpacket <= enabled_write_endofpacket;
    end


  dma_mem_dma_0_mem_write the_dma_mem_dma_0_mem_write
    (
      .d1_enabled_write_endofpacket (d1_enabled_write_endofpacket),
      .fifo_datavalid               (fifo_datavalid),
      .fifo_read                    (fifo_read),
      .inc_write                    (inc_write),
      .mem_write_n                  (mem_write_n),
      .write_select                 (write_select),
      .write_waitrequest            (write_waitrequest)
    );

  assign p1_done_read = (leen && (p1_length_eq_0 || (length_eq_0))) | p1_read_got_endofpacket | p1_done_write;
  always @(posedge clk or negedge reset_n)
    begin
      if (reset_n == 0)
          len <= 0;
      else if (clk_en)
          if (status_register_write)
              len <= 0;
          else if (~d1_done_transaction & done_transaction && (writelength_eq_0))
              len <= -1;
    end


  always @(posedge clk or negedge reset_n)
    begin
      if (reset_n == 0)
          reop <= 0;
      else if (clk_en)
          if (status_register_write)
              reop <= 0;
          else if (fifo_empty & read_got_endofpacket & d1_read_got_endofpacket)
              reop <= -1;
    end


  always @(posedge clk or negedge reset_n)
    begin
      if (reset_n == 0)
          weop <= 0;
      else if (clk_en)
          if (status_register_write)
              weop <= 0;
          else if (write_got_endofpacket)
              weop <= -1;
    end


  assign p1_done_write = (leen && (p1_writelength_eq_0 || writelength_eq_0)) | p1_write_got_endofpacket | fifo_empty & d1_read_got_endofpacket;
  always @(posedge clk or negedge reset_n)
    begin
      if (reset_n == 0)
          d1_read_got_endofpacket <= 0;
      else if (clk_en)
          d1_read_got_endofpacket <= read_got_endofpacket;
    end


  // Write has completed when the length goes to 0, or
  //the write source said end-of-packet, or
  //the read source said end-of-packet and the fifo has emptied.
  always @(posedge clk or negedge reset_n)
    begin
      if (reset_n == 0)
          done_write <= 0;
      else if (clk_en)
          done_write <= p1_done_write;
    end


  assign read_address = readaddress;
  assign write_address = writeaddress;
  assign write_chipselect = write_select;
  assign read_chipselect = ~read_read_n;
  assign write_write_n = mem_write_n;
  assign fifo_rd_data_as_byte_access = {fifo_rd_data[7 : 0],
    fifo_rd_data[7 : 0],
    fifo_rd_data[7 : 0],
    fifo_rd_data[7 : 0],
    fifo_rd_data[7 : 0],
    fifo_rd_data[7 : 0],
    fifo_rd_data[7 : 0],
    fifo_rd_data[7 : 0],
    fifo_rd_data[7 : 0],
    fifo_rd_data[7 : 0],
    fifo_rd_data[7 : 0],
    fifo_rd_data[7 : 0],
    fifo_rd_data[7 : 0],
    fifo_rd_data[7 : 0],
    fifo_rd_data[7 : 0],
    fifo_rd_data[7 : 0]};

  assign fifo_rd_data_as_hw = {fifo_rd_data[15 : 0],
    fifo_rd_data[15 : 0],
    fifo_rd_data[15 : 0],
    fifo_rd_data[15 : 0],
    fifo_rd_data[15 : 0],
    fifo_rd_data[15 : 0],
    fifo_rd_data[15 : 0],
    fifo_rd_data[15 : 0]};

  assign fifo_rd_data_as_word = {fifo_rd_data[31 : 0],
    fifo_rd_data[31 : 0],
    fifo_rd_data[31 : 0],
    fifo_rd_data[31 : 0]};

  assign fifo_rd_data_as_doubleword = {fifo_rd_data[63 : 0],
    fifo_rd_data[63 : 0]};

  assign fifo_rd_data_as_quadword = fifo_rd_data[127 : 0];
  assign write_writedata = ({128 {byte_access}} & fifo_rd_data_as_byte_access) |
    ({128 {hw}} & fifo_rd_data_as_hw) |
    ({128 {word}} & fifo_rd_data_as_word) |
    ({128 {doubleword}} & fifo_rd_data_as_doubleword) |
    ({128 {quadword}} & fifo_rd_data_as_quadword);

  assign fifo_write_data_valid = read_readdatavalid;
  assign set_software_reset_bit = ((dma_ctl_chipselect & ~dma_ctl_write_n & ((dma_ctl_address == 6) || (dma_ctl_address == 7)))) & (dma_ctl_address != 7) & dma_ctl_writedata[12];
  always @(posedge clk or negedge system_reset_n)
    begin
      if (system_reset_n == 0)
          d1_softwarereset <= 0;
      else if (set_software_reset_bit | software_reset_request)
          d1_softwarereset <= softwarereset & ~software_reset_request;
    end


  always @(posedge clk or negedge system_reset_n)
    begin
      if (system_reset_n == 0)
          software_reset_request <= 0;
      else if (set_software_reset_bit | software_reset_request)
          software_reset_request <= d1_softwarereset & ~software_reset_request;
    end


  always @(posedge clk or negedge system_reset_n)
    begin
      if (system_reset_n == 0)
          reset_n <= 0;
      else 
        reset_n <= ~(~system_reset_n | software_reset_request);
    end


  assign read_endofpacket = 0;
  assign write_endofpacket = 0;

endmodule